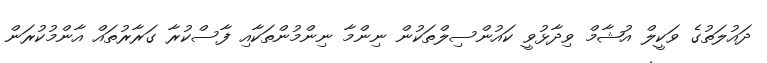
ދައުލަތުގެ ވަކީލް އުޝާމް ވިދާޅުވީ ކައުންސިލްތަކުން ނިންމާ ނިންމުންތަކާއި ފާސްކުރާ ގަރާރުތައް އާންމުކުރަން